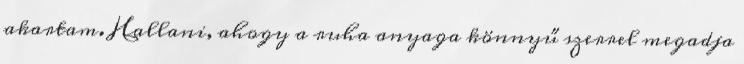
akartam. Hallani, ahogy a ruha anyaga könnyű szerrel megadja